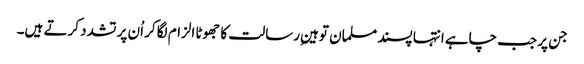
جن پر جب چاہے انتہا پسند مسلمان توہینِ رسالت کا جھوٹا الزام لگا کر اُن پر تشدد کرتے ہیں۔